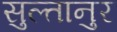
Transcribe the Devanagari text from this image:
सुल्तानुर